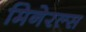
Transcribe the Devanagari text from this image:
मिनेरल्स